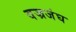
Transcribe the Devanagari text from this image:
वज्रजंघ